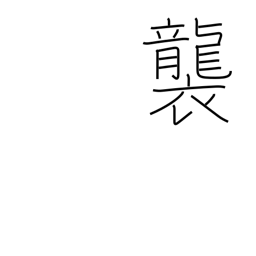
Meaning: pile